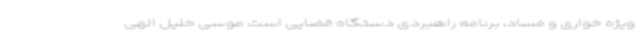
ویژه خواری و فساد، برنامه راهبردی دستگاه قضایی است موسی خلیل الهی